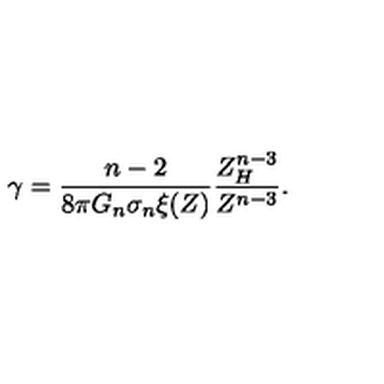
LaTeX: \gamma = \frac { n - 2 } { 8 \pi G _ { n } \sigma _ { n } \xi ( Z ) } \frac { Z _ { H } ^ { n - 3 } } { Z ^ { n - 3 } } .